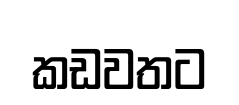
කඩවතට